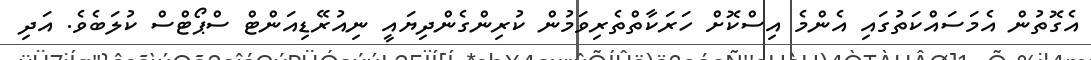
އެގޮތުން އެމަސައްކަތުގައި އެންމެ އިސްކޮށް ހަރަކާތްތެރިވަމުން ކުރިންގެންދިޔައީ ނިއުރޭޑިއަންޓް ސްޕޯޓްސް ކުލަބެވެ. އަދި